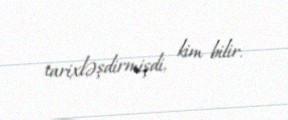
tarixləşdirmişdi, kim bilir.